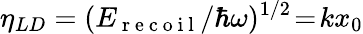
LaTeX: \eta_{LD}=(E_{\mathrm{~r~e~c~o~i~l~}}/\hbar\omega)^{1/2}\! =\! kx_{0}